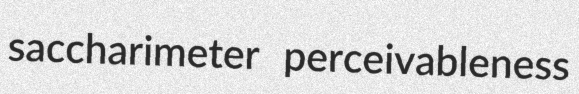
saccharimeter perceivableness